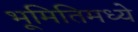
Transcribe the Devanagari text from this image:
भूमितिमध्ये